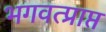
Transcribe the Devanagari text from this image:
भगवत्प्राप्त